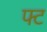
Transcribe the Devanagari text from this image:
फ्ट